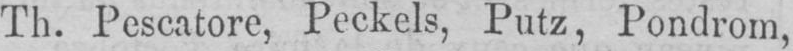
Th. Pescatore, Peckels, Putz, Pondrom,